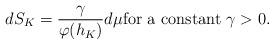
LaTeX: \begin{align*} dS_K= \frac{\gamma}{\varphi(h_K)}d\mu\mbox{for a constant}~\gamma>0.\end{align*}